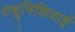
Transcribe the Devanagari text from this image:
ट्यूनिशियाई